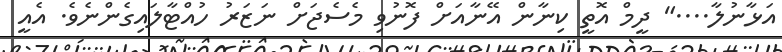
އަޅާނުލާ...." ދީމް އޮތީ ކިނާން އޭނާއަށް ފޮނުވި މެސެޖަށް ނަޒަރު ހުއްޓާލައިގެންނެވެ. އެއީ